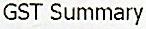
GST SUMMARY